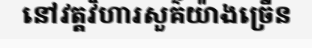
នៅវត្តវិហារសួគ៌យ៉ាងច្រើន